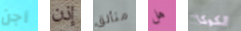
أجن إذن متألق هل الكوكا